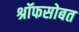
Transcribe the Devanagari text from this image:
श्रॉफसोबत